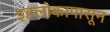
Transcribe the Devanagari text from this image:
इहलोकापासून